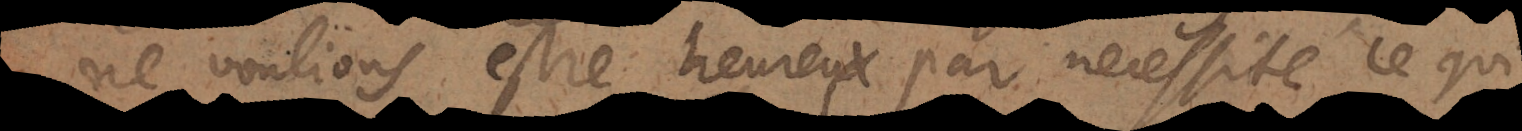
ne voulions estre heureux par nécessité, ce qui